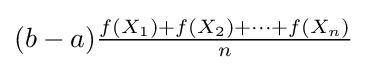
(b-a){\tfrac {f(X_{1})+f(X_{2})+\dots +f(X_{n})}{n}}